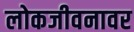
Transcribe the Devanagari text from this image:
लोकजीवनावर